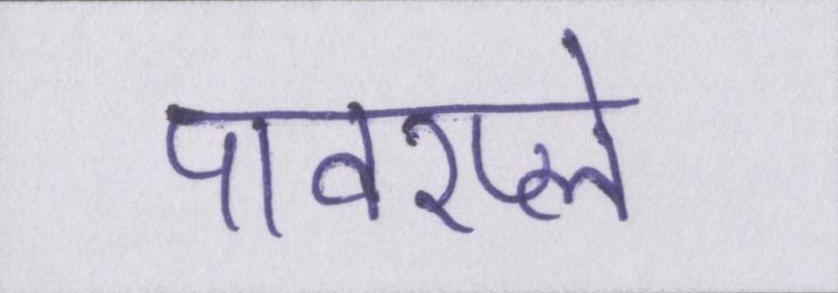
पावरप्ले